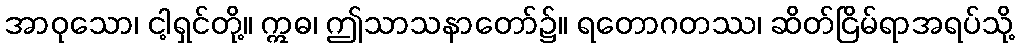
အာဝုသော၊ ငါ့ရှင်တို့။ ဣဓ၊ ဤသာသနာတော်၌။ ရတောဂတဿ၊ ဆိတ်ငြိမ်ရာအရပ်သို့